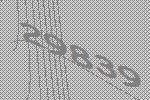
29839